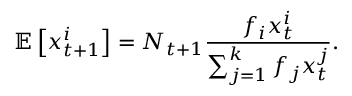
\mathbb E \left[ x _ { t + 1 } ^ { i } \right] = N _ { t + 1 } \frac { f _ { i } x _ { t } ^ { i } } { \sum _ { j = 1 } ^ { k } f _ { j } x _ { t } ^ { j } } .